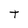
Character: T